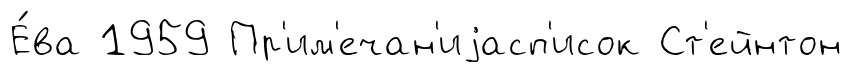
Е́ва 1959 Пр'им'ечан'иjасп'исок Ст'ейнтон